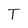
Character: T